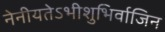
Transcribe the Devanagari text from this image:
नेनीयतेऽभीशुभिर्वाजिन